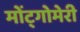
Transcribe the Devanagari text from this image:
मोंट्गोमेरी